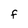
Character: f